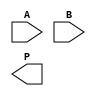
module wallace_tree_multiplier #(parameter N = 8) (
    input [N-1:0] A,
    input [N-1:0] B,
    output reg [2*N-1:0] P
);

    // Generate partial products
    wire [N-1:0] pp [0:N-1]; // Partial products
    genvar i, j;
    generate
        for (i = 0; i < N; i = i + 1) begin : pp_gen
            assign pp[i] = A & {N{B[i]}} << i; // AND and shift
        end
    endgenerate

    // Wallace tree reduction
    wire [2*N-1:0] sum [0:N-1]; // Sums from CSAs
    wire [2*N-1:0] carry [0:N-1]; // Carries from CSAs

    // Initial stage: direct assignment of partial products
    assign sum[0] = pp[0];
    assign carry[0] = 0;

    // Wallace tree reduction stages
    generate
        for (i = 0; i < N-1; i = i + 1) begin : reduction
            if (i == 0) begin
                // First stage: Combine first three partial products
                assign {carry[i+1], sum[i+1]} = pp[i+1] + pp[i] + pp[i-1];
            end else begin
                // Subsequent stages: Combine sums and carries
                assign {carry[i+1], sum[i+1]} = sum[i] + carry[i] + (i < N-1 ? pp[i+2] : 0);
            end
        end
    endgenerate

    // Final addition
    wire [2*N-1:0] final_sum;
    wire [2*N-1:0] final_carry;

    assign {final_carry, final_sum} = sum[N-1] + carry[N-1];

    // Final product assignment
    always @(*) begin
        P = final_sum + final_carry;
    end

endmodule